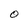
Character: O